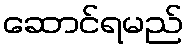
ဆောင်ရမည်